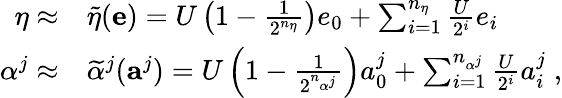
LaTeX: \begin{array}{rl}{\eta\approx}&{\widetilde{\eta}(\mathbf{e})=U\left(1-\frac{1}{2^{n_{\eta}}}\right)e_{0}+\sum_{i=1}^{n_{\eta}}\frac{U}{2^{i}}e_{i}}\\ {\alpha^{j}\approx}&{\widetilde{\alpha}^{j}(\mathbf{a}^{j})=U\left(1-\frac{1}{2^{n_{\alpha^{j}}}}\right)a_{0}^{j}+\sum_{i=1}^{n_{\alpha^{j}}}\frac{U}{2^{i}}a_{i}^{j}\; ,}\end{array}